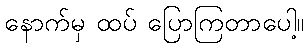
နောက်မှ ထပ် ပြောကြတာပေါ့။